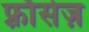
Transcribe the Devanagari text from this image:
फ़्राँसेज़